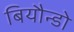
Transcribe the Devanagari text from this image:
बियौन्डो